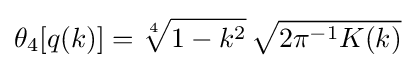
\theta _{4}[q(k)]={\sqrt[{4}]{1-k^{2}}}\,{\sqrt {2\pi ^{-1}K(k)}}